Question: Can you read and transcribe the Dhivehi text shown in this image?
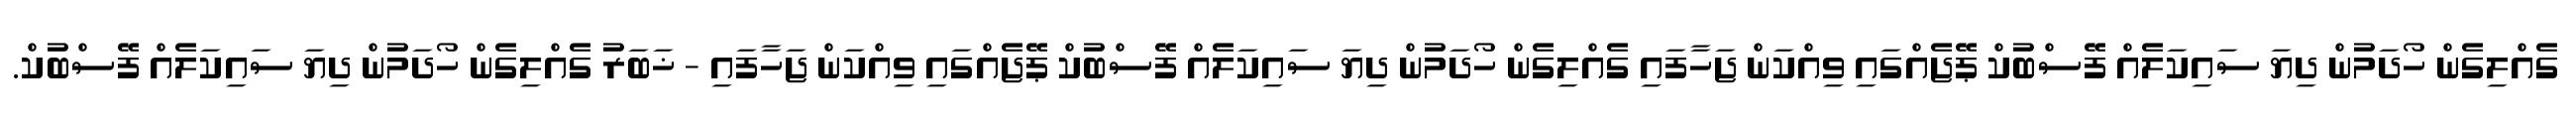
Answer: ގެއްލިގެން ހޯދަމުން ދިޔަ ސައިކަލެއް ފޭސްބުކް ޕޭޖެއްގައި ވިއްކަން ޖަހާފައި ގެއްލިގެން ހޯދަމުން ދިޔަ ސައިކަލެއް ފޭސްބުކް ޕޭޖެއްގައި ވިއްކަން ޖަހާފައި - ޚަބަރު ގެއްލިގެން ހޯދަމުން ދިޔަ ސައިކަލެއް ފޭސްބުކް.